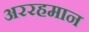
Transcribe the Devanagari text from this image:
अररहमान